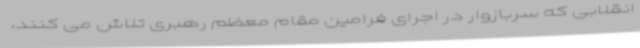
انقلابی که سربازوار در اجرای فرامین مقام معظم رهبری تلاش می کنند،